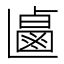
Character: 𰁐